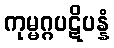
ကုမ္မဂ္ဂပဋိပန္နံ